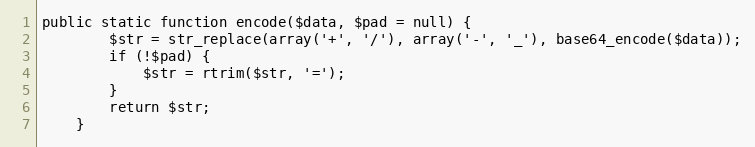
Language: PHP
public static function encode($data, $pad = null) {
		$str = str_replace(array('+', '/'), array('-', '_'), base64_encode($data));
		if (!$pad) {
			$str = rtrim($str, '=');
		}
		return $str;
	}